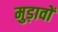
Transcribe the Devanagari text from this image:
मुड़ावों